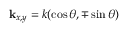
\mathbf { k } _ { x , y } = k ( \cos \theta , \mp \sin \theta )